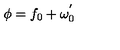
\phi = f _ { 0 } + \omega _ { 0 } ^ { ' }